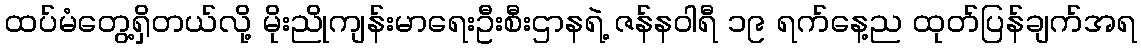
ထပ်မံတွေ့ရှိတယ်လို့ မိုးညိုကျန်းမာရေးဦးစီးဌာနရဲ့ ဇန်နဝါရီ ၁၉ ရက်နေ့ည ထုတ်ပြန်ချက်အရ